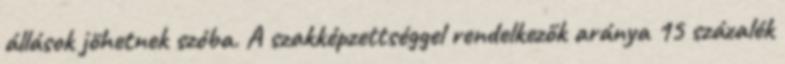
állások jöhetnek szóba. A szakképzettséggel rendelkezők aránya 15 százalék